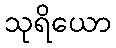
သုရိယော